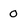
Character: 0